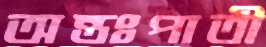
অন্তঃপাতী